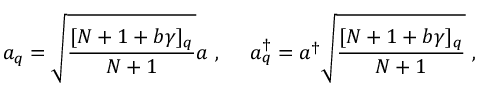
a _ { q } = \sqrt { \frac { [ N + 1 + b \gamma ] _ { q } } { N + 1 } } a ~ , ~ ~ ~ ~ a _ { q } ^ { \dagger } = a ^ { \dagger } \sqrt { \frac { [ N + 1 + b \gamma ] _ { q } } { N + 1 } } ~ ,